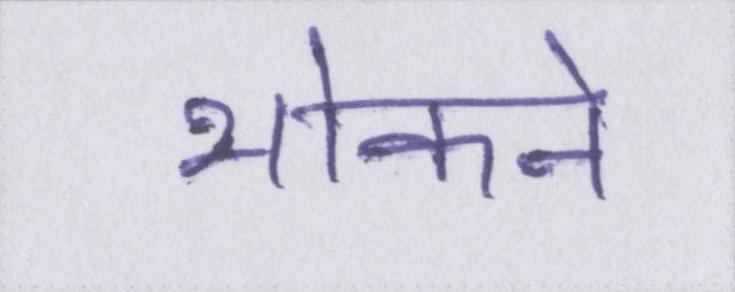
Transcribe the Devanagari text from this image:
भोकने